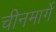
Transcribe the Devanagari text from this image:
चीनमार्गे